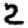
Digit: 2